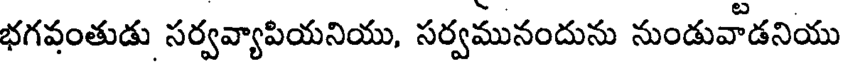
భగవంతుడు సర్వవ్యాపియనియు, సర్వమునందును నుండువాడనియు